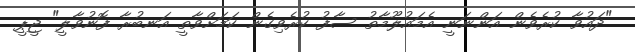
"ދައުވާ ކުރެވެން އަންނަނީ އެމައުލޫމާތު ސާފު ކުރެވިގެން ކަމަށްވާތީ އަނބުރާ ފޮނުވާލީ" ޖީޕީ